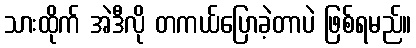
သားထိုက် အဲဒီလို တကယ်ပြောခဲ့တာပဲ ဖြစ်ရမည်။